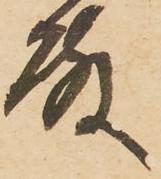
殿